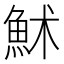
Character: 𩶄